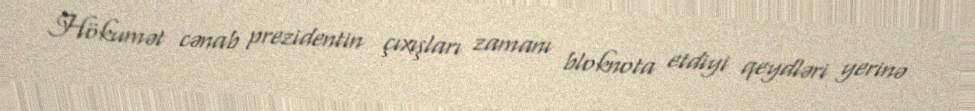
Hökumət cənab prezidentin çıxışları zamanı bloknota etdiyi qeydləri yerinə